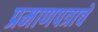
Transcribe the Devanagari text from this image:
प्रमाणपत्राचे